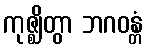
ကုဇ္ဈိတွာ ဘဂဝန္တံ